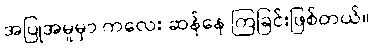
အပြုအမူမှာ ကလေး ဆန်နေ ကြခြင်းဖြစ်တယ်။